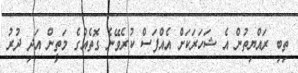
ތިބި ރައްޔިތުން އެ ޝަހަރަކަށް އެއްފަސް ކުރެވޭނެ ގޮތެއްގެ މަތީން އަދި ދުރު